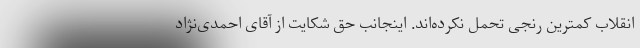
انقلاب کمترین رنجی تحمل نکرده‌اند. اینجانب حق شکایت از آقای احمدی‌نژاد